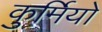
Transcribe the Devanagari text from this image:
कुर्मियो